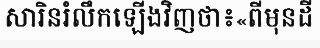
សារិនរំលឹកឡើងវិញថា៖«ពីមុនដី